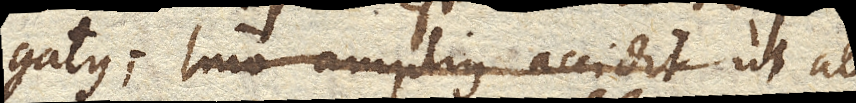
gatus. Imo amplius accidit, ut ab